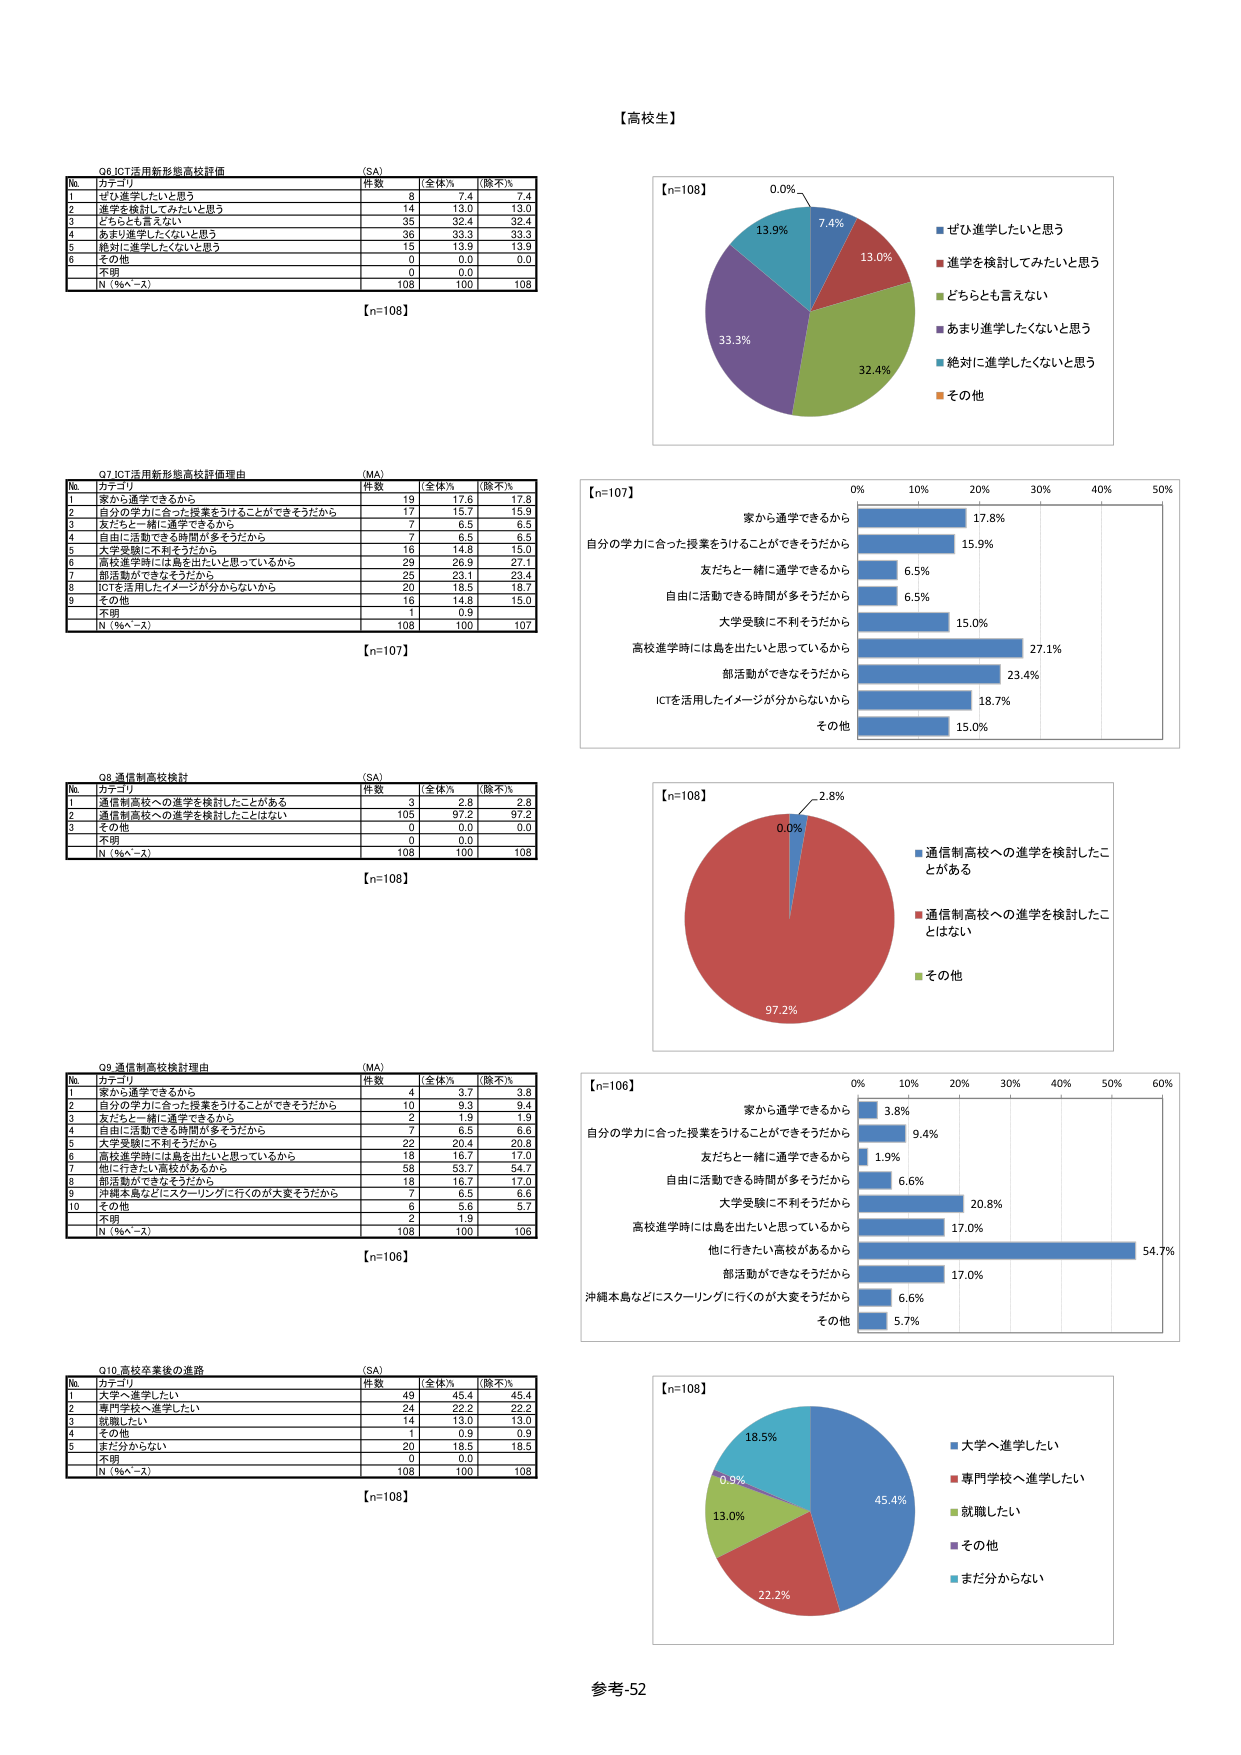
【高校生】

Q6 ICT活用新形態高校評価 (SA)
№ カテゴリ 件数 全体% 除不%
1 ぜひ進学したいと思う 8 7.4 7.4
2 進学を検討してみたいと思う 14 13.0 13.0
3 どちらとも言えない 35 32.4 32.4
4 あまり進学したくないと思う 36 33.3 33.3
5 絶対に進学したくないと思う 15 13.9 13.9
6 その他 0 0.0 0.0
7 不明 0 0.0 0.0
N（%ﾍﾞｰｽ） 108 100 108
【n=108】

Q7 ICT活用新形態高校評価理由 (MA)
№ カテゴリ 件数 全体% 除不%
1 家から通学できるから 19 17.6 17.8
2 自分の学力に合った授業をうけることができるそうだから 17 15.7 15.9
3 友だちと一緒に通学できるから 7 6.5 6.5
4 自由に活動できる時間が多そうだから 7 6.5 6.5
5 大学受験に不利そうだから 16 14.8 15.0
6 高校進学時には島を出たいと思っているから 29 26.9 27.1
7 部活動ができなそうだから 25 23.1 23.4
8 ICTを活用したイメージが分からないから 20 18.5 18.7
9 その他 16 14.8 15.0
不 明 1 0.9
N（%ﾍﾞｰｽ） 108 100 107
【n=107】

Q8 通信制高校検討 (SA)
№ カテゴリ 件数 全体% 除不%
1 通信制高校への進学を検討したことがある 3 2.8 2.8
2 通信制高校への進学を検討したことはない 105 97.2 97.2
3 その他 0 0.0 0.0
不 明 0 0.0 0.0
N（%ﾍﾞｰｽ） 108 100 108
【n=108】

Q9 通信制高校検討理由 (MA)
№ カテゴリ 件数 全体% 除不%
1 家から通学できるから 4 3.7 3.8
2 自分の学力に合った授業をうけることができるそうだから 10 9.3 9.4
3 友だちと一緒に通学できるから 2 1.9 1.9
4 自由に活動できる時間が多そうだから 7 6.5 6.5
5 大学受験に不利そうだから 22 20.4 20.8
6 高校進学時には島を出たいと思っているから 18 16.7 17.0
7 他に行きたい高校があるから 58 53.7 54.7
8 部活動ができなそうだから 18 16.7 17.0
9 沖縄本島などにスクーリングに行くのが大変そうだから 7 6.5 6.6
10 その他 6 5.6 5.7
不 明 2 1.9
N（%ﾍﾞｰｽ） 108 100 106
【n=106】

Q10 高校卒業後の進路 (SA)
№ カテゴリ 件数 全体% 除不%
1 大学へ進学したい 49 45.4 45.4
2 専門学校へ進学したい 24 22.2 22.2
3 就職したい 14 13.0 13.0
4 その他 1 0.9 0.9
5 まだ分からない 20 18.5 18.5
不 明 0 0.0
N（%ﾍﾞｰｽ） 108 100 108
【n=108】

【n=108】
0.0%
7.4%
13.0%
32.4%
33.3%
13.9%
■ ぜひ進学したいと思う
■ 進学を検討してみたいと思う
■ どちらとも言えない
■ あまり進学したくないと思う
■ 絶対に進学したくないと思う
■ その他

【n=107】
0% 10% 20% 30% 40% 50%
家から通学できるから 17.8%
自分の学力に合った授業をうけることができるそうだから 15.9%
友だちと一緒に通学できるから 6.5%
自由に活動できる時間が多そうだから 6.5%
大学受験に不利そうだから 15.0%
高校進学時には島を出たいと思っているから 27.1%
部活動ができなそうだから 23.4%
ICTを活用したイメージが分からないから 18.7%
その他 15.0%

【n=108】
0.0%
2.8%
97.2%
■ 通信制高校への進学を検討したことがある
■ 通信制高校への進学を検討したことはない
■ その他

【n=106】
0% 10% 20% 30% 40% 50% 60%
家から通学できるから 3.8%
自分の学力に合った授業をうけることができるそうだから 9.4%
友だちと一緒に通学できるから 1.9%
自由に活動できる時間が多そうだから 6.6%
大学受験に不利そうだから 20.8%
高校進学時には島を出たいと思っているから 17.0%
他に行きたい高校があるから 54.7%
部活動ができなそうだから 17.0%
沖縄本島などにスクーリングに行くのが大変そうだから 6.6%
その他 5.7%

【n=108】
45.4%
22.2%
13.0%
0.9%
18.5%
■ 大学へ進学したい
■ 専門学校へ進学したい
■ 就職したい
■ その他
■ まだ分からない

参考-52